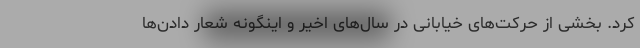
کرد. بخشی از حرکت‌های خیابانی در سال‌های اخیر و اینگونه شعار دادن‌ها